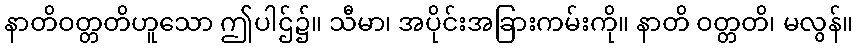
နာတိဝတ္တတိဟူသော ဤပါဌ်၌။ သီမာ၊ အပိုင်းအခြားကမ်းကို။ နာတိ ဝတ္တတိ၊ မလွန်။